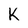
Character: k